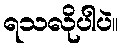
ရသလိုပါပဲ။